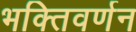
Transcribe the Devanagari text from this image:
भक्तिवर्णन